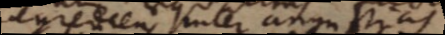
egrediens inter angustias